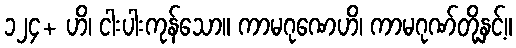
၁၂၄+ ဟိ၊ ငါးပါးကုန်သော။ ကာမဂုဏေဟိ၊ ကာမဂုဏ်တို့နှင့်။